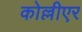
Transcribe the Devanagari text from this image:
कोल्लीएर